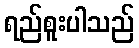
ရည်စူးပါသည်